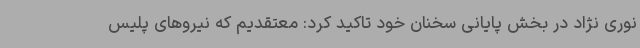
نوری نژاد در بخش پایانی سخنان خود تاکید کرد: معتقدیم که نیروهای پلیس